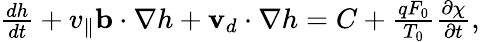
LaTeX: \begin{array}{r}{\frac{dh}{dt}+v_{\parallel}\mathbf b\cdot\nabla h+\mathbf v_{d}\cdot\nabla h=C+\frac{qF_{0}}{T_{0}}\frac{\partial\chi}{\partial t},}\end{array}